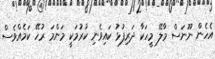
އެހެން ނޫނަސް މާލޭ މީހަކާ ދަރިފުޅު ކައިވެނި ކުރުމަކީ މަންމަ ރުހޭ ކަމެއްވެސް